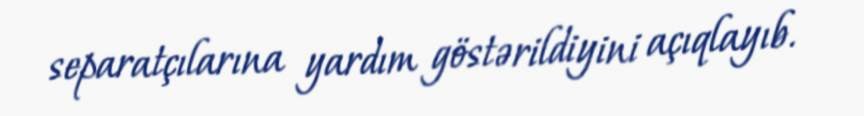
separatçılarına yardım göstərildiyini açıqlayıb.